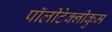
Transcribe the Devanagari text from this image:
पॉलीटेक्नीकुम